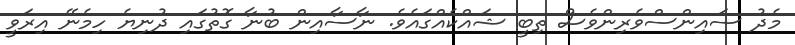
މެދު ސައިންސްވެރިންވެސް ތިބީ ޝައްކެއްގައެވެ. ނާސާއިން ބުނާ ގޮތުގައި ދުނިޔެ ހިމެނޭ އިރަވީ